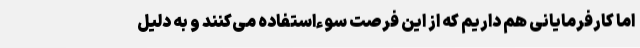
اما کارفرمایانی هم داریم که از این فرصت سوءاستفاده می‌کنند و به دلیل